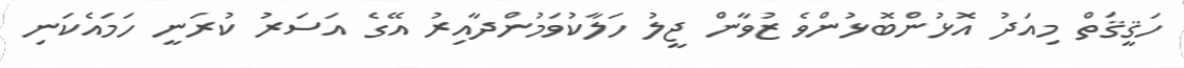
ހަޤީޤަތް މިއަދު އޮޅުންބޮޅުންވެ ޒުވާން ޖީލު ހަލާކުވަމުންދާއިރު އޭގެ އަސަރު ކުރަނީ ހަމައެކަނި